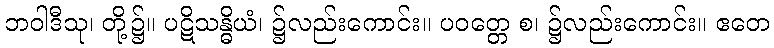
ဘဝါဒီသု၊ တို့၌။ ပဋိသန္ဓိယံ၊ ၌လည်းကောင်း။ ပဝတ္တေ စ၊ ၌လည်းကောင်း။ ဧတေ